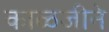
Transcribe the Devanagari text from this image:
काळजीने